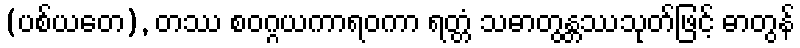
(ပစ်ယတေ), တဿ စဝဂ္ဂယကာရဝကာ ရတ္တံ သဓာတွန္တဿသုတ်ဖြင့် ဓာတွန်